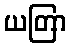
ယတြာ